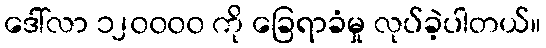
ဒေါ်လာ ၁၂၀၀၀၀ ကို ခြေရာခံမှု လုပ်ခဲ့ပါတယ်။